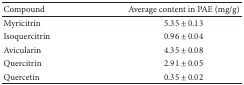
| Compound | Average content in PAE (mg/g) |
 | --- | --- |
 | Myricitrin | 5.35 ± 0.13 |
 | Isoquercitrin | 0.96 ± 0.04 |
 | Avicularin | 4.35 ± 0.08 |
 | Quercitrin | 2.91 ± 0.05 |
 | Quercetin | 0.35 ± 0.02 |